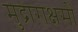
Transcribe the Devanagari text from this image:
मुद्राराक्षसों